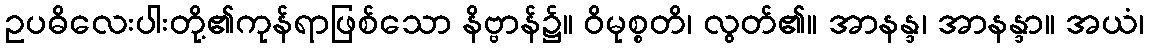
ဥပဓိလေးပါးတို့၏ကုန်ရာဖြစ်သော နိဗ္ဗာန်၌။ ဝိမုစ္စတိ၊ လွတ်၏။ အာနန္ဒ၊ အာနန္ဒာ။ အယံ၊